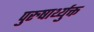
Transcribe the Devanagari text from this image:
पुरुषार्थ्युक्त